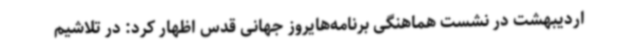
اردیبهشت در نشست هماهنگی برنامه‌هایروز جهانی قدس اظهار کرد: در تلاشیم